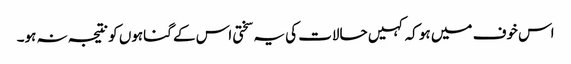
اس خوف میں ہو کہ کہیں حالات کی یہ سختی اس کے گناہوں کو نتیجہ نہ ہو۔